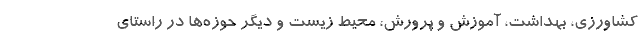
کشاورزی، بهداشت، آموزش و پرورش، محیط زیست و دیگر حوزه‌ها در راستای